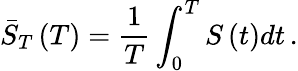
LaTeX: \bar{S}_{T}\left(T\right)=\frac{1}{T}\int_{0}^{T}S\left(t\right)dt\, .